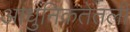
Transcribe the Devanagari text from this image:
आधुनिकतेतली